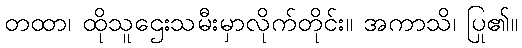
တထာ၊ ထိုသူဌေးသမီးမှာလိုက်တိုင်း။ အကာသိ၊ ပြု၏။